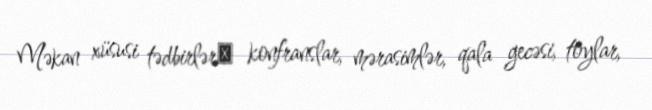
Məkan xüsusi tədbirlərː konfranslar, mərasimlər, qala gecəsi, toylar,